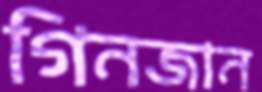
গিনজান